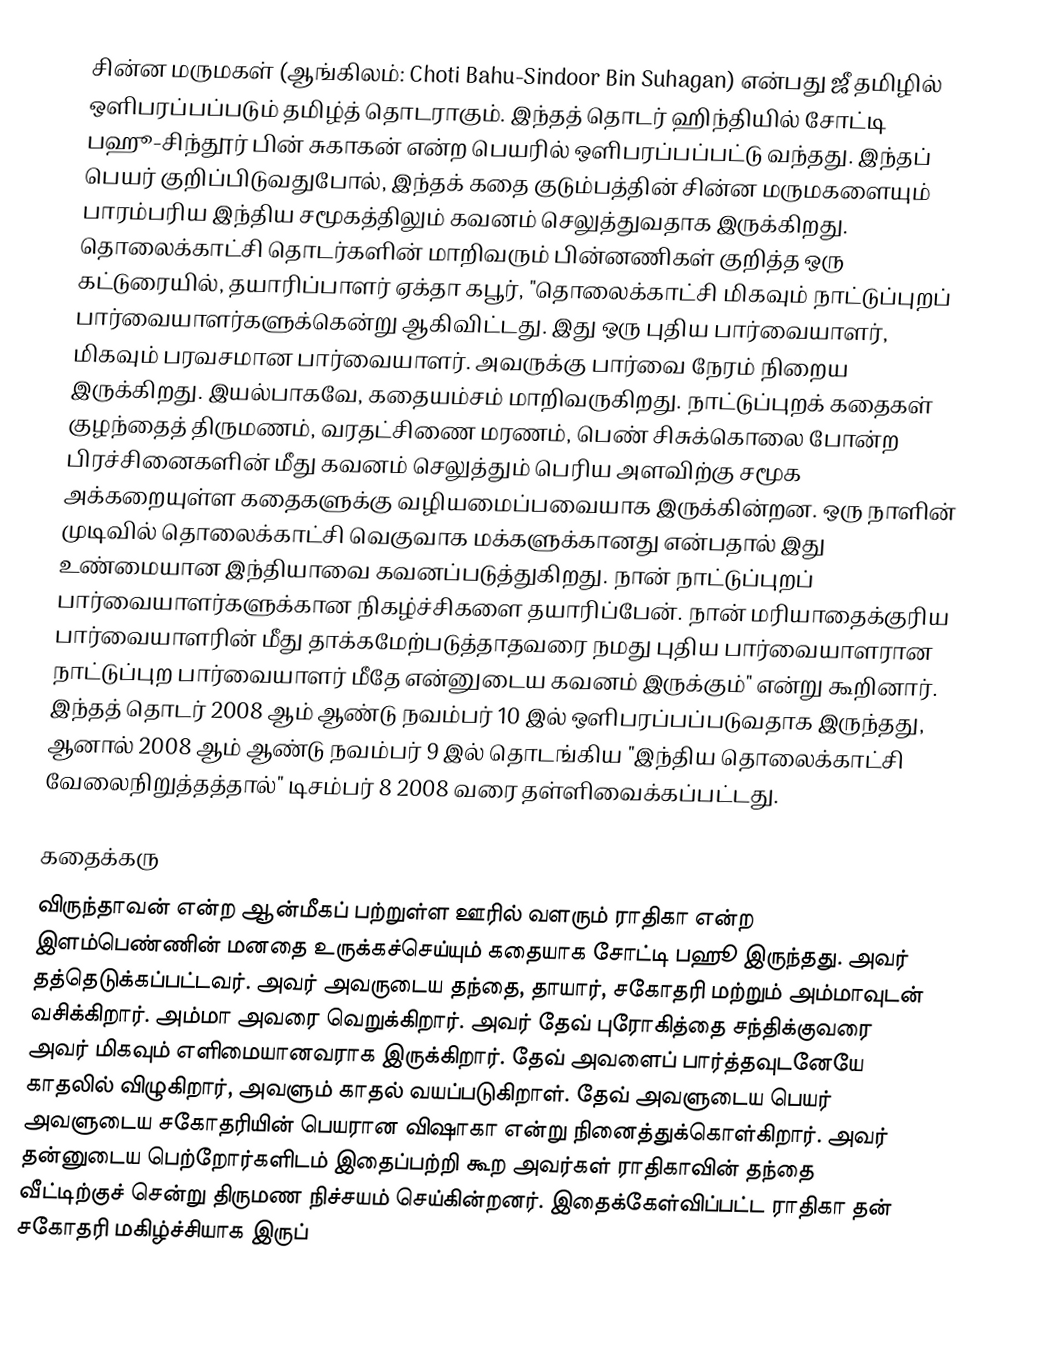
சின்ன மருமகள் (ஆங்கிலம்: Choti Bahu-Sindoor Bin Suhagan) என்பது ஜீ தமிழில் ஒளிபரப்பப்படும் தமிழ்த் தொடராகும். இந்தத் தொடர் ஹிந்தியில் சோட்டி பஹூ-சிந்தூர் பின் சுகாகன் என்ற பெயரில் ஒளிபரப்பப்பட்டு வந்தது. இந்தப் பெயர் குறிப்பிடுவதுபோல், இந்தக் கதை குடும்பத்தின் சின்ன மருமகளையும் பாரம்பரிய இந்திய சமூகத்திலும் கவனம் செலுத்துவதாக இருக்கிறது. தொலைக்காட்சி தொடர்களின் மாறிவரும் பின்னணிகள் குறித்த ஒரு கட்டுரையில், தயாரிப்பாளர் ஏக்தா கபூர், "தொலைக்காட்சி மிகவும் நாட்டுப்புறப் பார்வையாளர்களுக்கென்று ஆகிவிட்டது. இது ஒரு புதிய பார்வையாளர், மிகவும் பரவசமான பார்வையாளர். அவருக்கு பார்வை நேரம் நிறைய இருக்கிறது. இயல்பாகவே, கதையம்சம் மாறிவருகிறது. நாட்டுப்புறக் கதைகள் குழந்தைத் திருமணம், வரதட்சிணை மரணம், பெண் சிசுக்கொலை போன்ற பிரச்சினைகளின் மீது கவனம் செலுத்தும் பெரிய அளவிற்கு சமூக அக்கறையுள்ள கதைகளுக்கு வழியமைப்பவையாக இருக்கின்றன. ஒரு நாளின் முடிவில் தொலைக்காட்சி வெகுவாக மக்களுக்கானது என்பதால் இது உண்மையான இந்தியாவை கவனப்படுத்துகிறது. நான் நாட்டுப்புறப் பார்வையாளர்களுக்கான நிகழ்ச்சிகளை தயாரிப்பேன். நான் மரியாதைக்குரிய பார்வையாளரின் மீது தாக்கமேற்படுத்தாதவரை நமது புதிய பார்வையாளரான நாட்டுப்புற பார்வையாளர் மீதே என்னுடைய கவனம் இருக்கும்" என்று கூறினார். இந்தத் தொடர் 2008 ஆம் ஆண்டு நவம்பர் 10 இல் ஒளிபரப்பப்படுவதாக இருந்தது, ஆனால் 2008 ஆம் ஆண்டு நவம்பர் 9 இல் தொடங்கிய "இந்திய தொலைக்காட்சி வேலைநிறுத்தத்தால்" டிசம்பர் 8 2008 வரை தள்ளிவைக்கப்பட்டது.

கதைக்கரு
விருந்தாவன் என்ற ஆன்மீகப் பற்றுள்ள ஊரில் வளரும் ராதிகா என்ற இளம்பெண்ணின் மனதை உருக்கச்செய்யும் கதையாக சோட்டி பஹூ இருந்தது. அவர் தத்தெடுக்கப்பட்டவர். அவர் அவருடைய தந்தை, தாயார், சகோதரி மற்றும் அம்மாவுடன் வசிக்கிறார். அம்மா அவரை வெறுக்கிறார். அவர் தேவ் புரோகித்தை சந்திக்குவரை அவர் மிகவும் எளிமையானவராக இருக்கிறார். தேவ் அவளைப் பார்த்தவுடனேயே காதலில் விழுகிறார், அவளும் காதல் வயப்படுகிறாள். தேவ் அவளுடைய பெயர் அவளுடைய சகோதரியின் பெயரான விஷாகா என்று நினைத்துக்கொள்கிறார். அவர் தன்னுடைய பெற்றோர்களிடம் இதைப்பற்றி கூற அவர்கள் ராதிகாவின் தந்தை வீட்டிற்குச் சென்று திருமண நிச்சயம் செய்கின்றனர். இதைக்கேள்விப்பட்ட ராதிகா தன் சகோதரி மகிழ்ச்சியாக இருப்